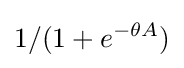
1/(1+e^{-\theta A})